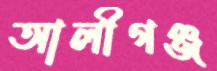
আলীগঞ্জ